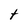
Character: t